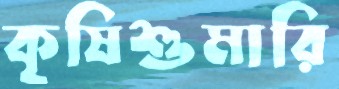
কৃষিশুমারি